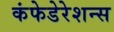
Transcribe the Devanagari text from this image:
कंफेडेरेशन्स